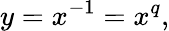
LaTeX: y=x^{-1}=x^{q},